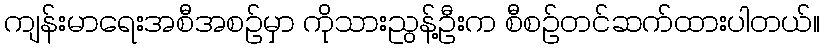
ကျန်းမာရေးအစီအစဉ်မှာ ကိုသားညွန့်ဦးက စီစဉ်တင်ဆက်ထားပါတယ်။